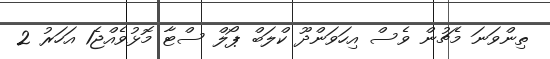
ތިންވަނަ މެޗުން ވެސް އިހަވަންދޫ ކްލަބް ޕޯލް ސްޓާ މޮޅުވެއްޖެ1 އަހަރު 2